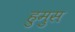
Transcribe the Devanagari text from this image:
हुमुस